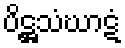
ပိဋ္ဌသံဃာဋံ